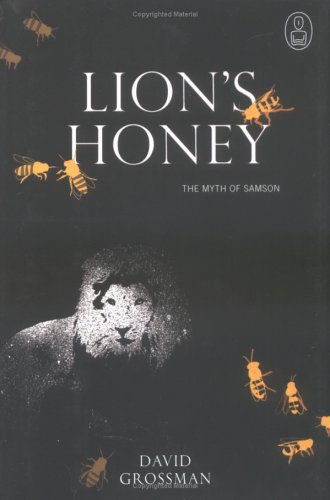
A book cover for Lion's Honey: The Myth of Samson; David Grossman; Christian Books & Bibles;